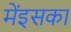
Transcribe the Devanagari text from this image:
मेंइसका